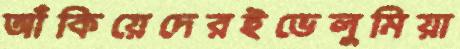
আঁকিয়েদেরইভেলুমিয়া